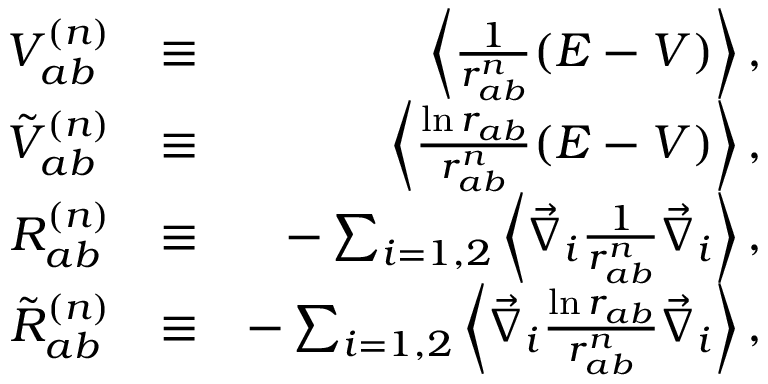
\begin{array} { r l r } { V _ { a b } ^ { ( n ) } } & { \equiv } & { \left\langle \frac { 1 } { r _ { a b } ^ { n } } ( E - V ) \right\rangle , } \\ { \tilde { V } _ { a b } ^ { ( n ) } } & { \equiv } & { \left\langle \frac { \ln r _ { a b } } { r _ { a b } ^ { n } } ( E - V ) \right\rangle , } \\ { R _ { a b } ^ { ( n ) } } & { \equiv } & { - \sum _ { i = 1 , 2 } \left\langle \vec { \nabla } _ { i } \frac { 1 } { r _ { a b } ^ { n } } \vec { \nabla } _ { i } \right\rangle , } \\ { \tilde { R } _ { a b } ^ { ( n ) } } & { \equiv } & { - \sum _ { i = 1 , 2 } \left\langle \vec { \nabla } _ { i } \frac { \ln r _ { a b } } { r _ { a b } ^ { n } } \vec { \nabla } _ { i } \right\rangle , } \end{array}